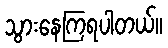
သွားနေကြရပါတယ်။